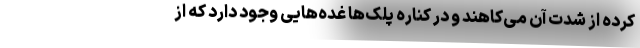
کرده از شدت آن می‌کاهند و در کناره پلک‌ها غده‌هایی وجود دارد که از